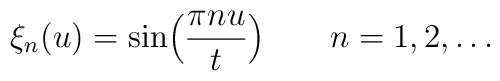
\xi_n(u) = \sin \Bigl( {\pi n u \over t}\Bigr)\qquad n=1, 2, \dots